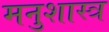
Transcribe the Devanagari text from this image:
मनुशास्त्र